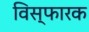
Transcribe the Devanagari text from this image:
विस्फारक